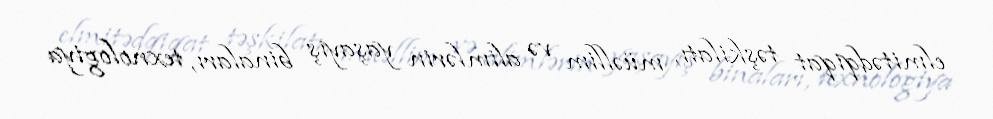
elmitədqiqat təşkilatı, müəllim və alimlərin yaşayış binaları, texnologiya